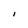
Character: I